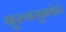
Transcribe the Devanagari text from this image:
गुरुवयुनकेरे